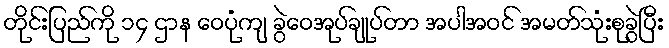
တိုင်းပြည်ကို ၁၄ ဌာန ဝေပုံကျ ခွဲဝေအုပ်ချုပ်တာ အပါအဝင် အမတ်သုံးစုခွဲပြီး